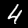
Digit: 4